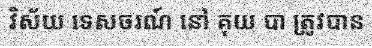
វិស័យ ទេសចរណ៍ នៅ គុយ បា ត្រូវបាន